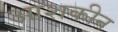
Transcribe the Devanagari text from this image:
आशकीन